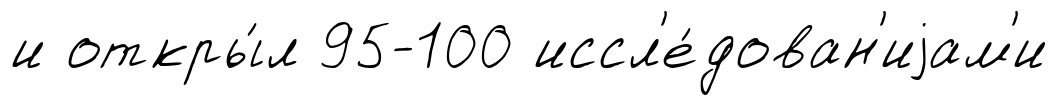
и откры́л 95-100 иссл'е́дован'иjам'и